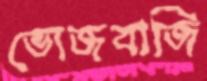
ভোজবাজি